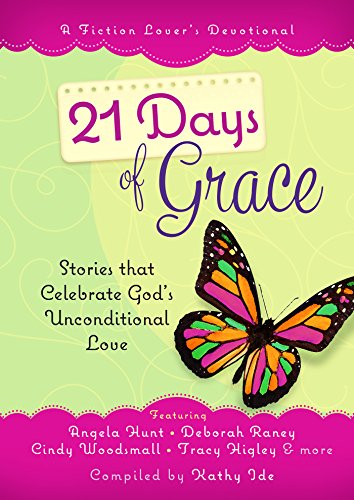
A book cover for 21 Days of Grace: Stories that Celebrate God's Unconditional Love; Kathy Ide; Christian Books & Bibles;